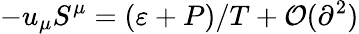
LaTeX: -u_{\mu}S^{\mu}=(\varepsilon+P)/T+\mathcal{O}(\partial^{2})